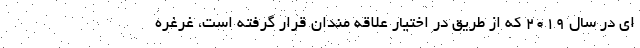
ای در سال 2019 که از طریق در اختیار علاقه مندان قرار گرفته است، غرغره